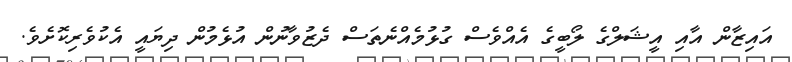
އައިޒާން އާއި އީޝަލްގެ ލޯބީގެ އެއްވެސް ގުޅުމެއްނެތަސް ދެޒުވާނުން އުޅެމުން ދިޔައީ އެކުވެރިކޮށެވެ.